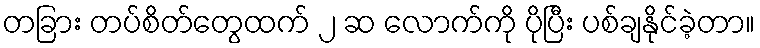
တခြား တပ်စိတ်တွေထက် ၂ ဆ လောက်ကို ပိုပြီး ပစ်ချနိုင်ခဲ့တာ။